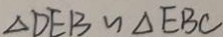
\Delta D E B \sim \Delta E B C